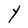
Character: Y